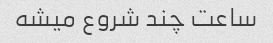
ساعت چند شروع میشه